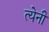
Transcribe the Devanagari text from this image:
त्येनी